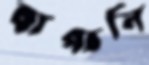
বাগালি